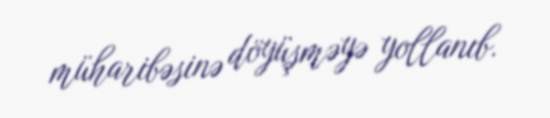
müharibəsinə döyüşməyə yollanıb.